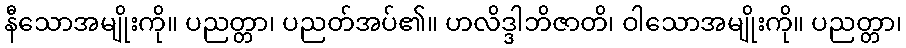
နီသောအမျိုးကို။ ပညတ္တာ၊ ပညတ်အပ်၏။ ဟလိဒ္ဒါဘိဇာတိ၊ ဝါသောအမျိုးကို။ ပညတ္တာ၊